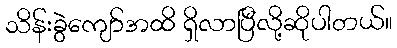
သိန်းခွဲကျော်အထိ ရှိလာပြီလို့ဆိုပါတယ်။